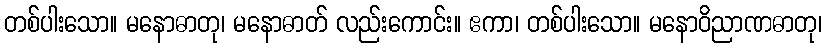
တစ်ပါးသော။ မနောဓာတု၊ မနောဓာတ် လည်းကောင်း။ ဧကာ၊ တစ်ပါးသော။ မနောဝိညာဏဓာတု၊